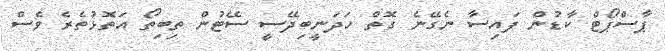
ޕާސްޕޯޓް ކާޑުން ފައިސާ ނެގޭނެ ގޮތް ހަދަނީބިދޭސީ ސޭޓުން ތިބިތޯ އަތޮޅުތެރެ ވެސް